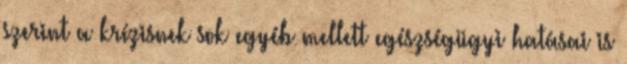
szerint a krízisnek sok egyéb mellett egészségügyi hatásai is